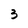
Character: 3